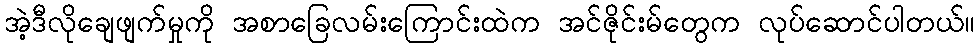
အဲ့ဒီလိုချေဖျက်မှုကို အစာခြေလမ်းကြောင်းထဲက အင်ဇိုင်းမ်တွေက လုပ်ဆောင်ပါတယ်။